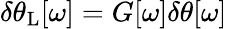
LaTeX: \delta\theta_{\mathrm{{L}}}[\omega]=G[\omega]\delta\theta[\omega]